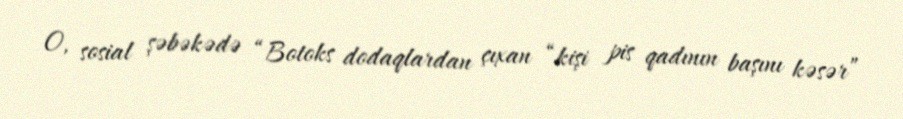
O, sosial şəbəkədə “Botoks dodaqlardan çıxan “kişi pis qadının başını kəsər”